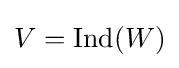
V={\text{Ind}}(W)